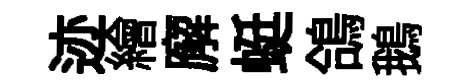
迹繪廨蜓鴿鵝